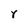
Character: Y